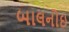
બાલનોઇ